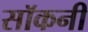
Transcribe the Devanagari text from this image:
सॉकनी